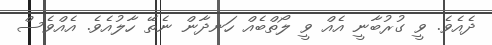
ދެއެވެ. ވީ ގުރުބާނީ އެއް ވީ ލޯތްބެއް ހަނދާން ނެތޭ ހާލުއެވެ. އެއްވެސް